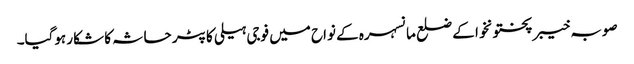
صوبہ خیبر پختونخوا کے ضلع مانسہرہ کے نواح میں فوجی ہیلی کاپٹر حاثہ کا شکار ہوگیا۔